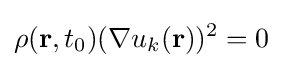
\rho (\mathbf {r} ,t_{0})(\nabla u_{k}(\mathbf {r} ))^{2}=0